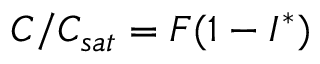
C / C _ { s a t } = F ( 1 - I ^ { * } )